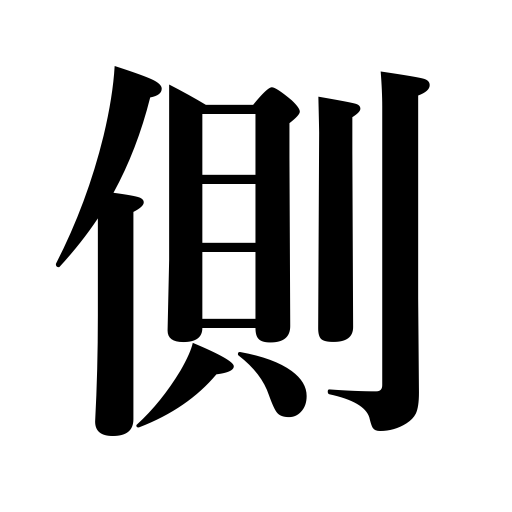
Meanings: lean to one side,look aside,regret,surroundings,watch case,a side,oppose